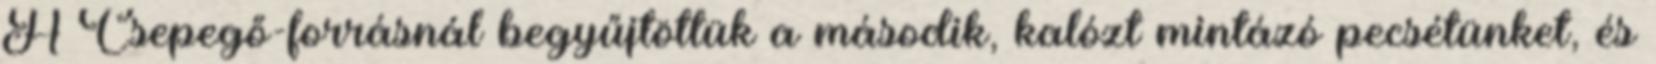
A Csepegő-forrásnál begyűjtöttük a második, kalózt mintázó pecsétünket, és